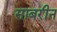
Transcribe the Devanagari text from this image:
साबरीन